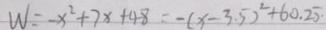
W = - x ^ { 2 } + 7 x + 4 8 = - ( x - 3 . 5 ) ^ { 2 } + 6 0 . 2 5 .